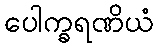
ပေါက္ခရဏိယံ